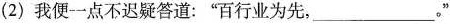
(2)我便一点不迟疑答道：”百行业为先，___。”